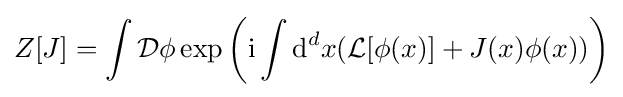
Z[J]=\int {\mathcal {D}}\phi \exp \left(\mathrm {i} \int \mathrm {d} ^{d}x({\mathcal {L}}[\phi (x)]+J(x)\phi (x))\right)